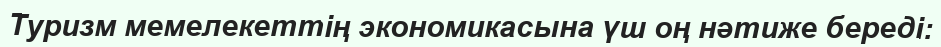
Туризм мемелекеттің экономикасына үш оң нәтиже береді: